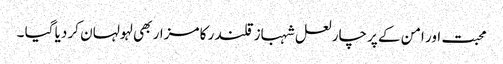
محبت اور امن کے پرچار لعل شہباز قلندر کا مزار بھی لہولہان کر دیا گیا ۔